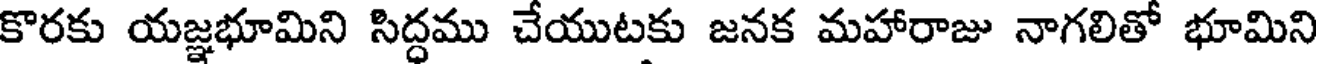
కొరకు యజ్ఞభూమిని సిద్ధము చేయుటకు జనక మహారాజు నాగలితో భూమిని